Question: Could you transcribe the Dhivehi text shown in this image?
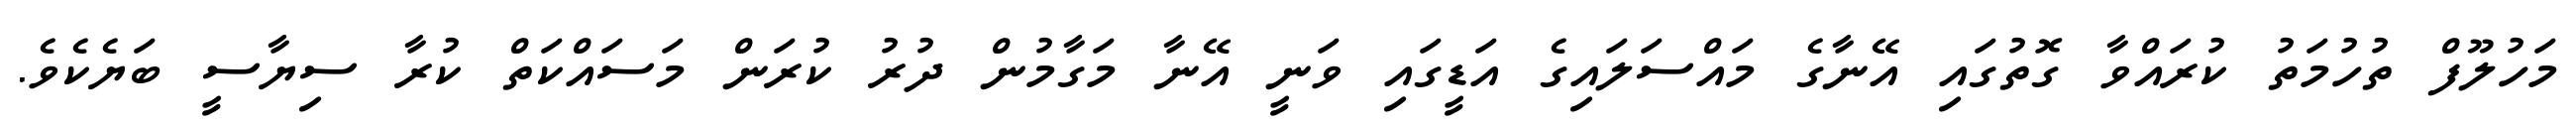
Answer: މަހުލޫފް ތުހުމަތު ކުރައްވާ ގޮތުގައި އޭނާގެ މައްސަލައިގެ އަޑީގައި ވަނީ އޭނާ މަގާމުން ދުރު ކުރަން މަސައްކަތް ކުރާ ސިޔާސީ ބަޔެކެވެ.